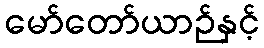
မော်တော်ယာဉ်နှင့်